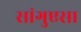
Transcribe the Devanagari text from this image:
सांगुएसा